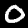
Label: 0